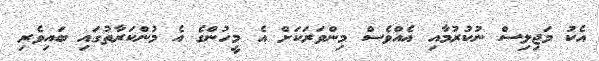
އެކު މަޖިލިސް ނުކުރުމާއި އެއްވެސް މިންވަރަކަށް އެ މީހުންގެ އެ މުންކަރާތުގައި ބައިވެރި